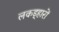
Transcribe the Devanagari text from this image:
लकड़्हारों